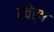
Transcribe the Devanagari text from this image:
देवेर्ष